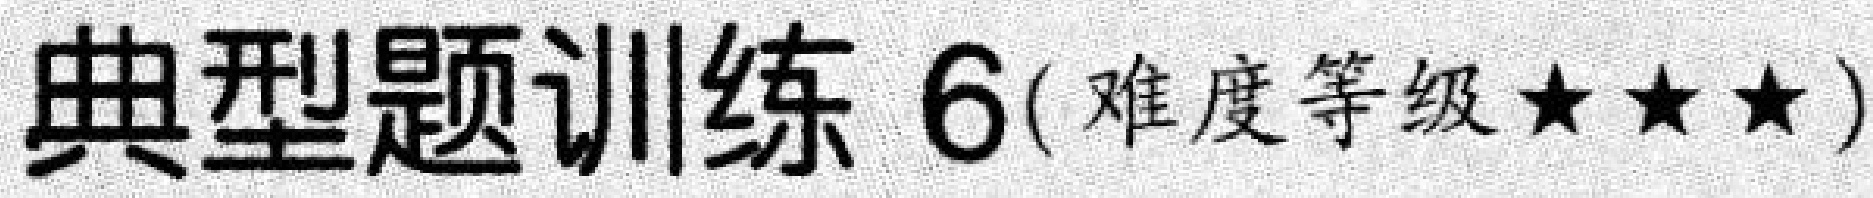
典型题训练 6(难度等级★★★)